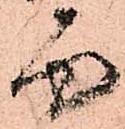
面